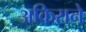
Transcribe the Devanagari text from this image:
अकिराने